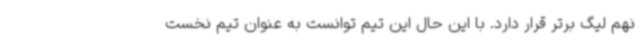
نهم لیگ برتر قرار دارد. با این حال این تیم توانست به عنوان تیم نخست